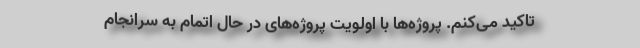
تاکید می‌کنم. پروژه‌ها با اولویت پروژه‌های در حال اتمام به سرانجام